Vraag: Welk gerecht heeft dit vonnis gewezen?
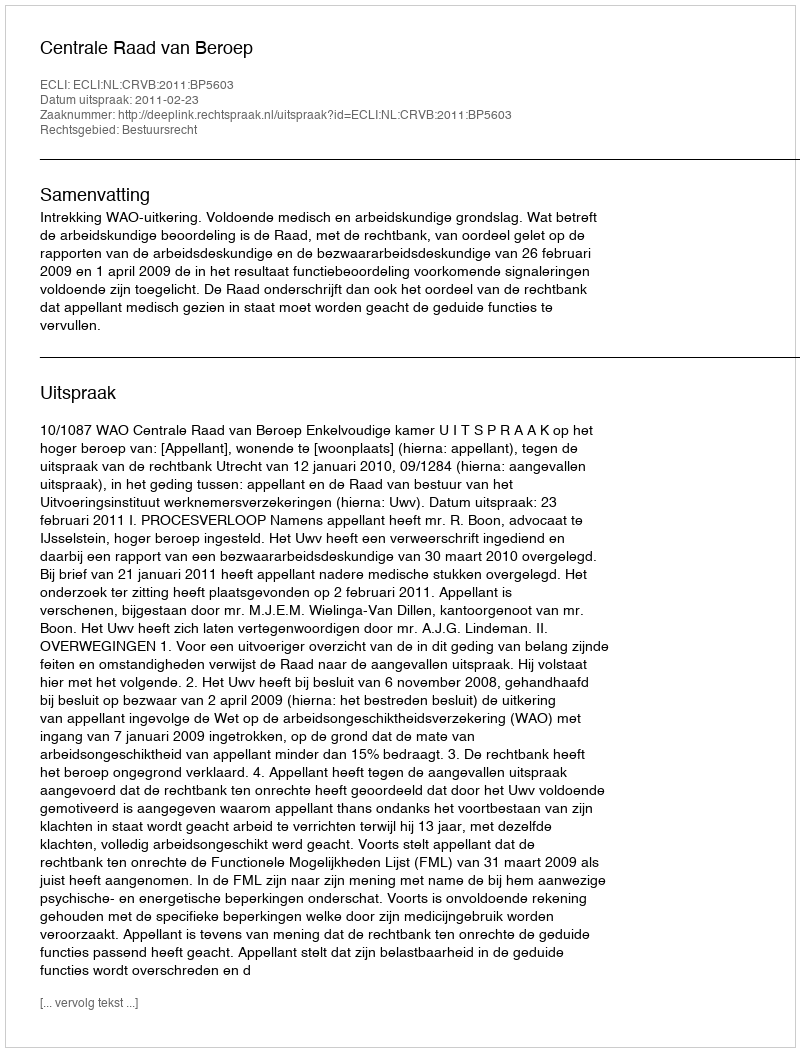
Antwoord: Centrale Raad van Beroep